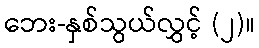
ဘေး-နှစ်သွယ်လွှင့် (၂)။